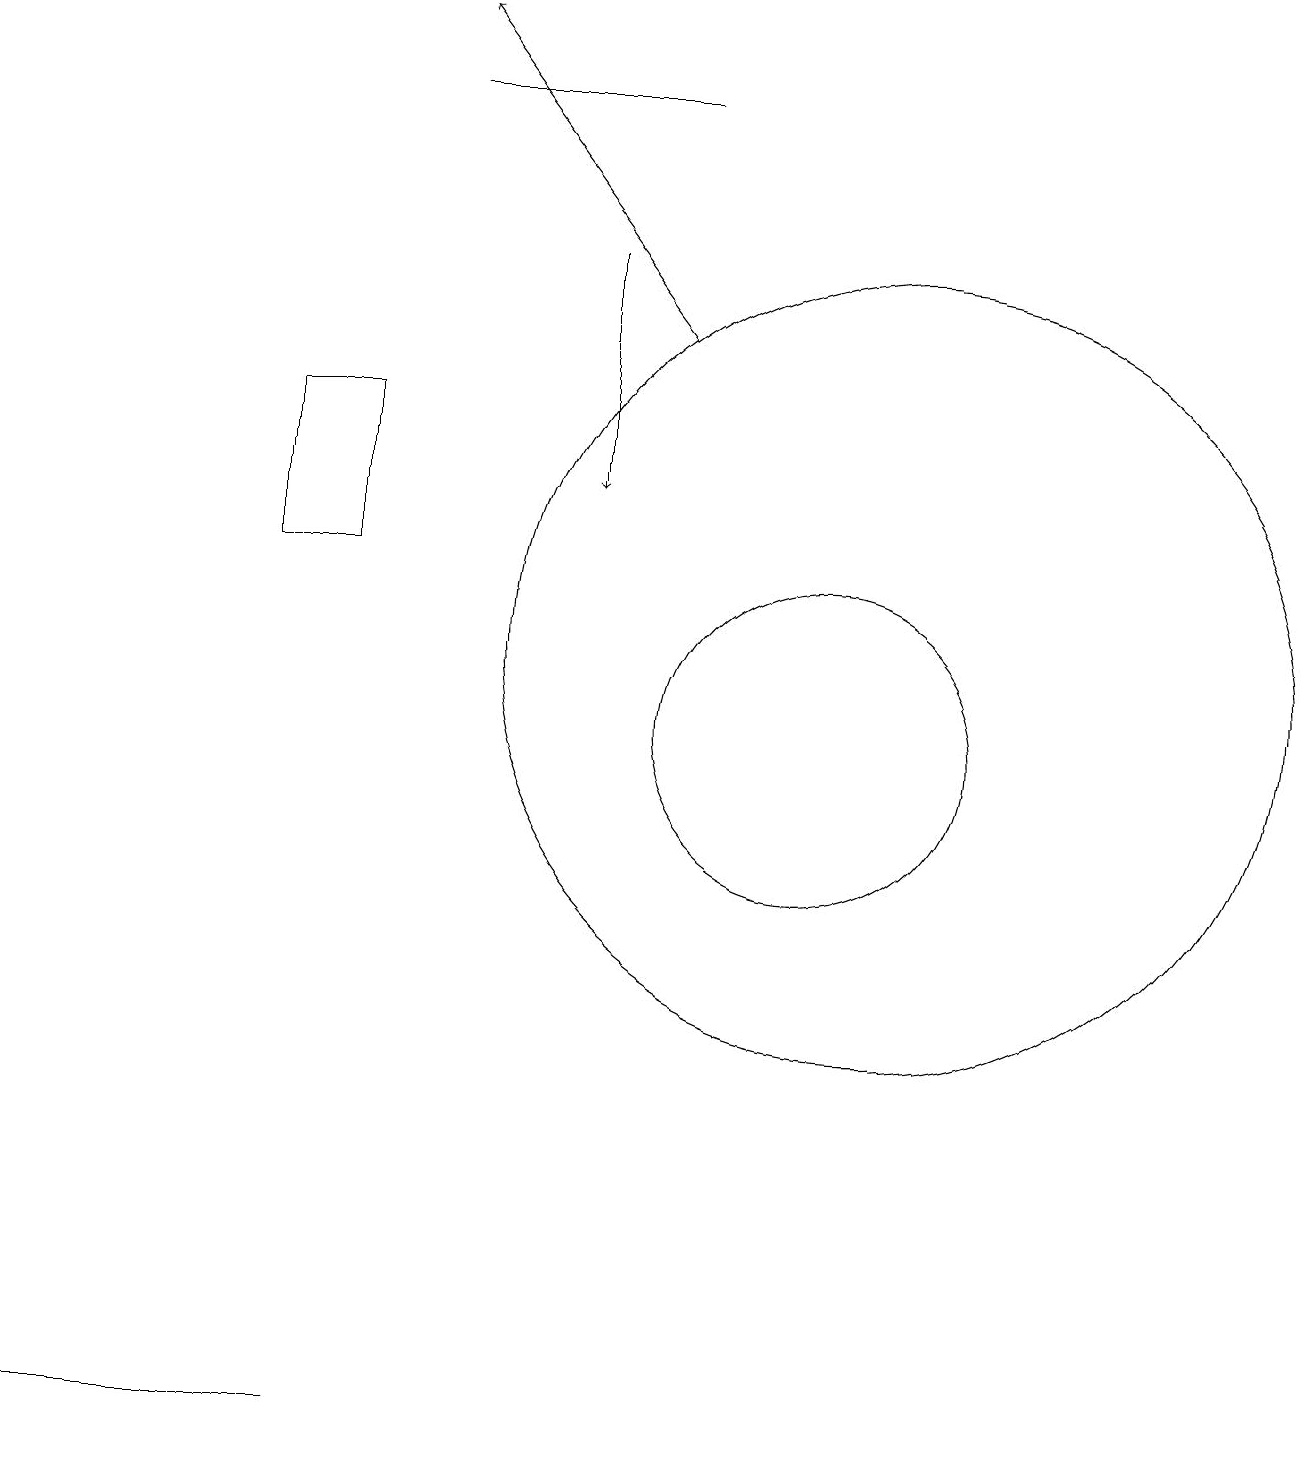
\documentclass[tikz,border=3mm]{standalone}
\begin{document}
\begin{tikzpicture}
\draw (11,11) circle (0);
\draw (11,11) circle (5);
\draw (5,18) rectangle (8,18);
\draw (4,1) -- (1,1) -- (0,1) -- cycle;
\draw (4,14) rectangle (3,12);
\draw[->] (7,16) -- (7,13);
\draw[->] (8,15) -- (5,19);
\draw (10,10) circle (2);
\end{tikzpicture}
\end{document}